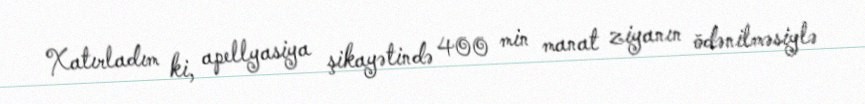
Xatırladım ki, apellyasiya şikayətində 400 min manat ziyanın ödənilməsiylə